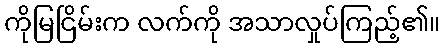
ကိုမြငြိမ်းက လက်ကို အသာလှုပ်ကြည့်၏။